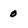
Character: 0